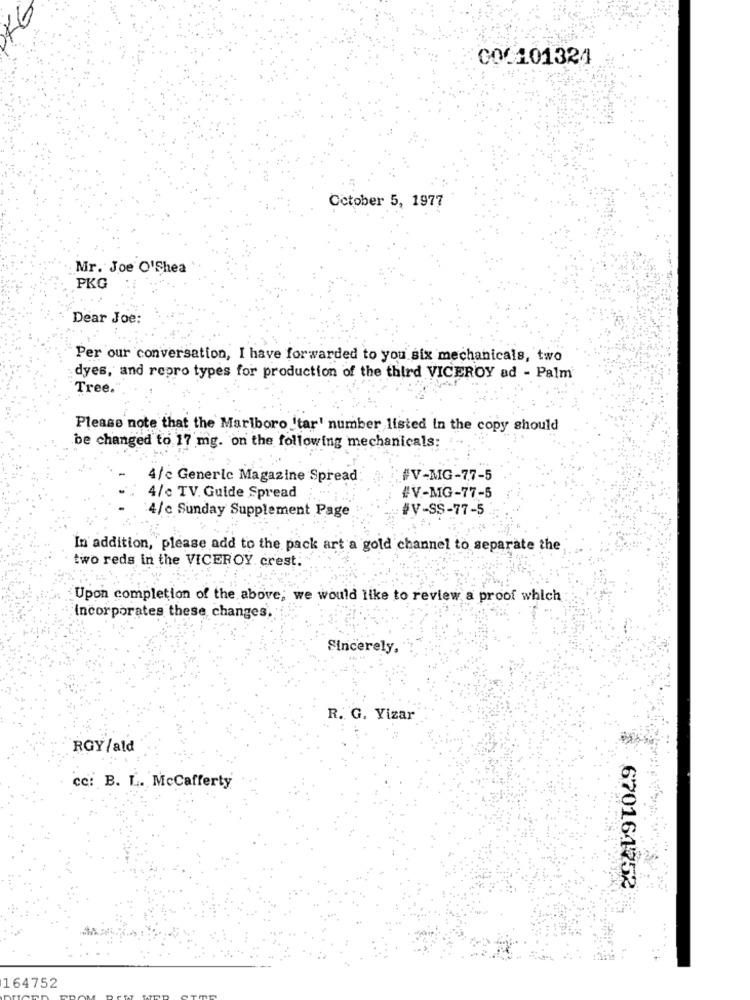
000101324
October 5, 1977
Mr. Joe O'Shea
PKG
Dear Joe:
Per our conversation, I have forwarded to you six mechanicals, two
dyes, and repro types for production of the third VICEROY ad - Palm
Tree.
Please note that the Marlboro 'tar' number listed in the copy should
be changed to 17 mg. on the following mechanicals:
4/c Generic Magazine Spread
#V-MG-77-5
4/c TV. Guide Spread
#V-MG-77-5
4/c Sunday Supplement Page
BV-SS-77-5
In addition, please add to the pack art a gold channel to separate the
two reds in the VICEROY. crest.
Upon completion of the above; we would like to review a proof which
Incorporates these changes.
Sincerely,
R. G. Yizar
RGY/ald
cc: B. L. McCafferty
670161352
164752